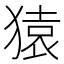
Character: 猿